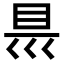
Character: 𭾡